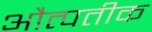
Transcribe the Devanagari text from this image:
औत्पतीक